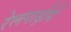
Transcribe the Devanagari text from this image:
रेलगाड़ीमें